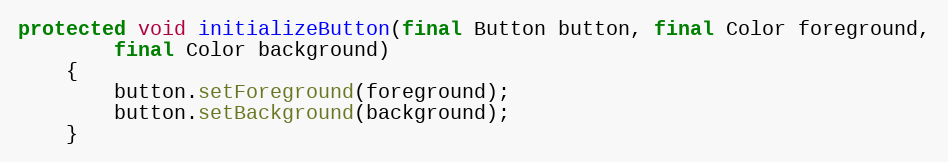
Language: Java
protected void initializeButton(final Button button, final Color foreground,
		final Color background)
	{
		button.setForeground(foreground);
		button.setBackground(background);
	}